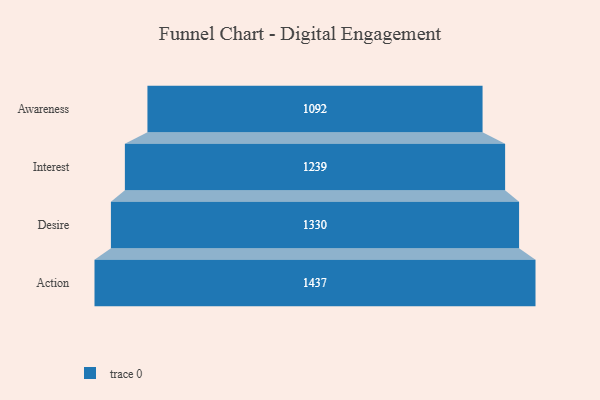
{"axis": {"x": "Stage", "y": "Value"}, "legend": [""], "data": [{"x": "Awareness", "y": 1092.0, "type": ""}, {"x": "Interest", "y": 1239.0, "type": ""}, {"x": "Desire", "y": 1330.0, "type": ""}, {"x": "Action", "y": 1437.0, "type": ""}]}